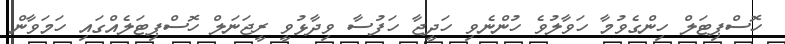
ހޮސްޕިޓަލް ހިންގެވުމާ ހަވާލުވެ ހުންނެވި ހަދީޖާ ހަފުސާ ވިދާޅުވީ ރީޖަނަލް ހޮސްޕިޓަލެއްގައި ހަމަވާން